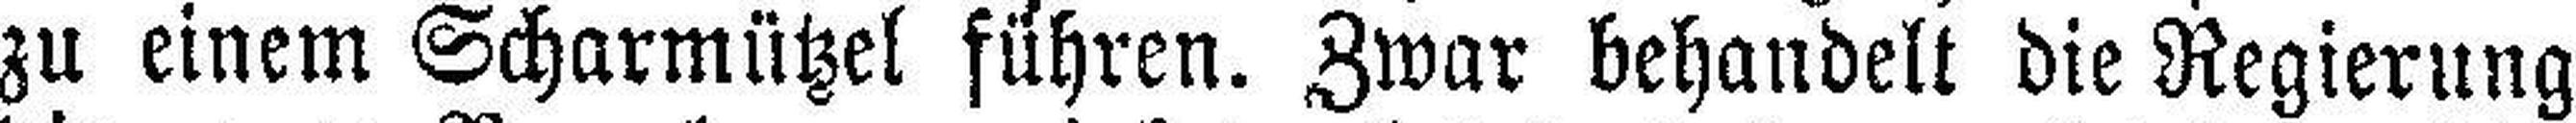
zu einem Scharmützel fuhren. Zwar behandelt die Regierung